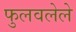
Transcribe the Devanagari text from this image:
फुलवलेले